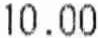
10.00